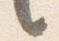
言